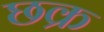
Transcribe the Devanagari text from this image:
छक्र